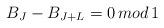
LaTeX: \begin{align*}B_J - B_{J+L} = 0 \, mod \, 1\end{align*}